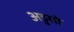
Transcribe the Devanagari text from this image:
अडुसो